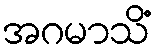
အဂမာသိံ